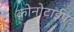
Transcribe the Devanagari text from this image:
क्रोनोटाईप